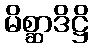
မိစ္ဆာဒိဋ္ဌိ